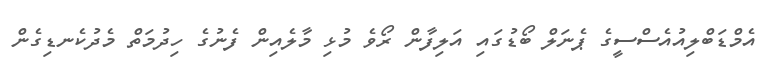
އެމްޑަބްލިއުއެސްސީގެ ޕެނަލް ބޯޑުގައި އަލިފާން ރޯވެ މުޅި މާލެއިން ފެނުގެ ހިދުމަތް މެދުކެނޑިގެން